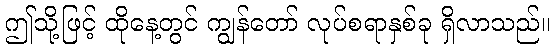
ဤသို့ဖြင့် ထိုနေ့တွင် ကျွန်တော် လုပ်စရာနှစ်ခု ရှိလာသည်။